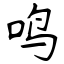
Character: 鸣